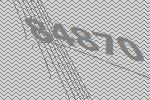
84870